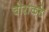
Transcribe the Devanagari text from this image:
चोरांकडे